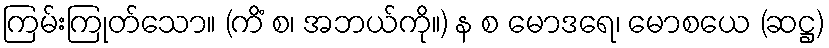
ကြမ်းကြုတ်သော။ (ကိံ စ၊ အဘယ်ကို။) န စ မောဒရေ၊ မောစယေ (ဆဋ္ဌ)